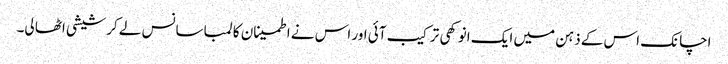
اچانک اس کے ذہن میں ایک انوکھی ترکیب آئی اور اس نے اطمینان کا لمبا سانس لے کر شیشی اٹھا لی۔